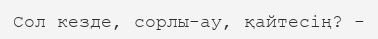
Сол кезде, сорлы-ау, қайтесің? -